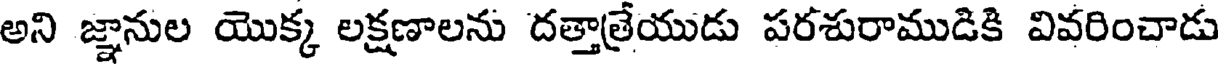
అని జ్ఞానుల యొక్క లక్షణాలను దత్తాత్రేయుడు పరశురాముడికి వివరించాడు